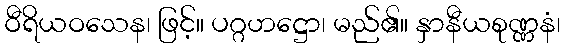
ဝီရိယဝသေန၊ ဖြင့်။ ပဂ္ဂဟဋ္ဌော၊ မည်၏။ နှာနီယစုဏ္ဏနံ၊